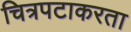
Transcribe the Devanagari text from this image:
चित्रपटाकरता